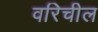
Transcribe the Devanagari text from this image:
वरिचील